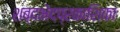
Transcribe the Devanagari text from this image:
शब्दभेदप्रकाशिका